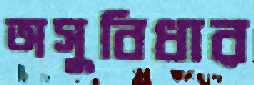
অসুবিধার